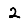
Digit: 2